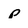
Character: p